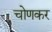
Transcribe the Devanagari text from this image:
चोणकर